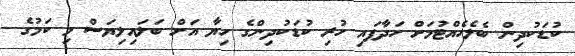
ކުޑަކުދިން ބެލެހެއްޓުމަށް ހަދާފައި ހުރި ކުޑަކުދިންގެ ހިޔާ އަށް ބަލައިލިޔަސް މި ކަމުގެ